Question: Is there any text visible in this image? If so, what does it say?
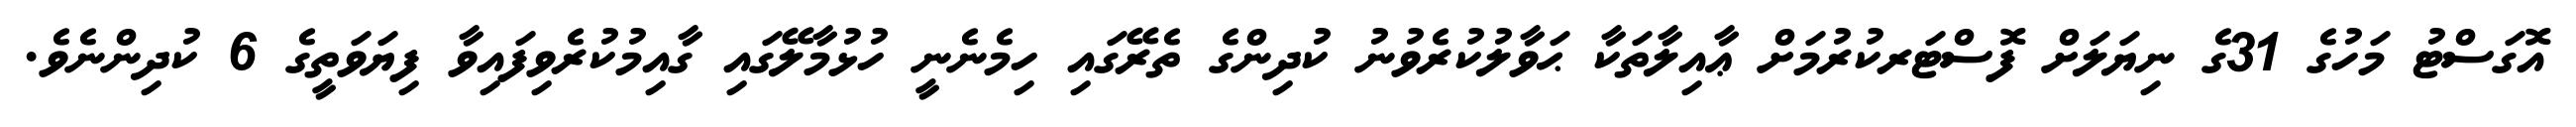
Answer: އޮގަސްޓު މަހުގެ 31ގެ ނިޔަލަށް ފޮސްޓަރކުރުމަށް ޢާއިލާތަކާ ޙަވާލުކުރެވުނު ކުދިންގެ ތެރޭގައި ހިމެނެނީ ހުޅުމާލޭގައި ގާއިމުކުރެވިފައިވާ ފިޔަވަތީގެ 6 ކުދިންނެވެ.